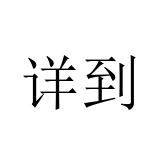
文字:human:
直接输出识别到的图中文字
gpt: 详到